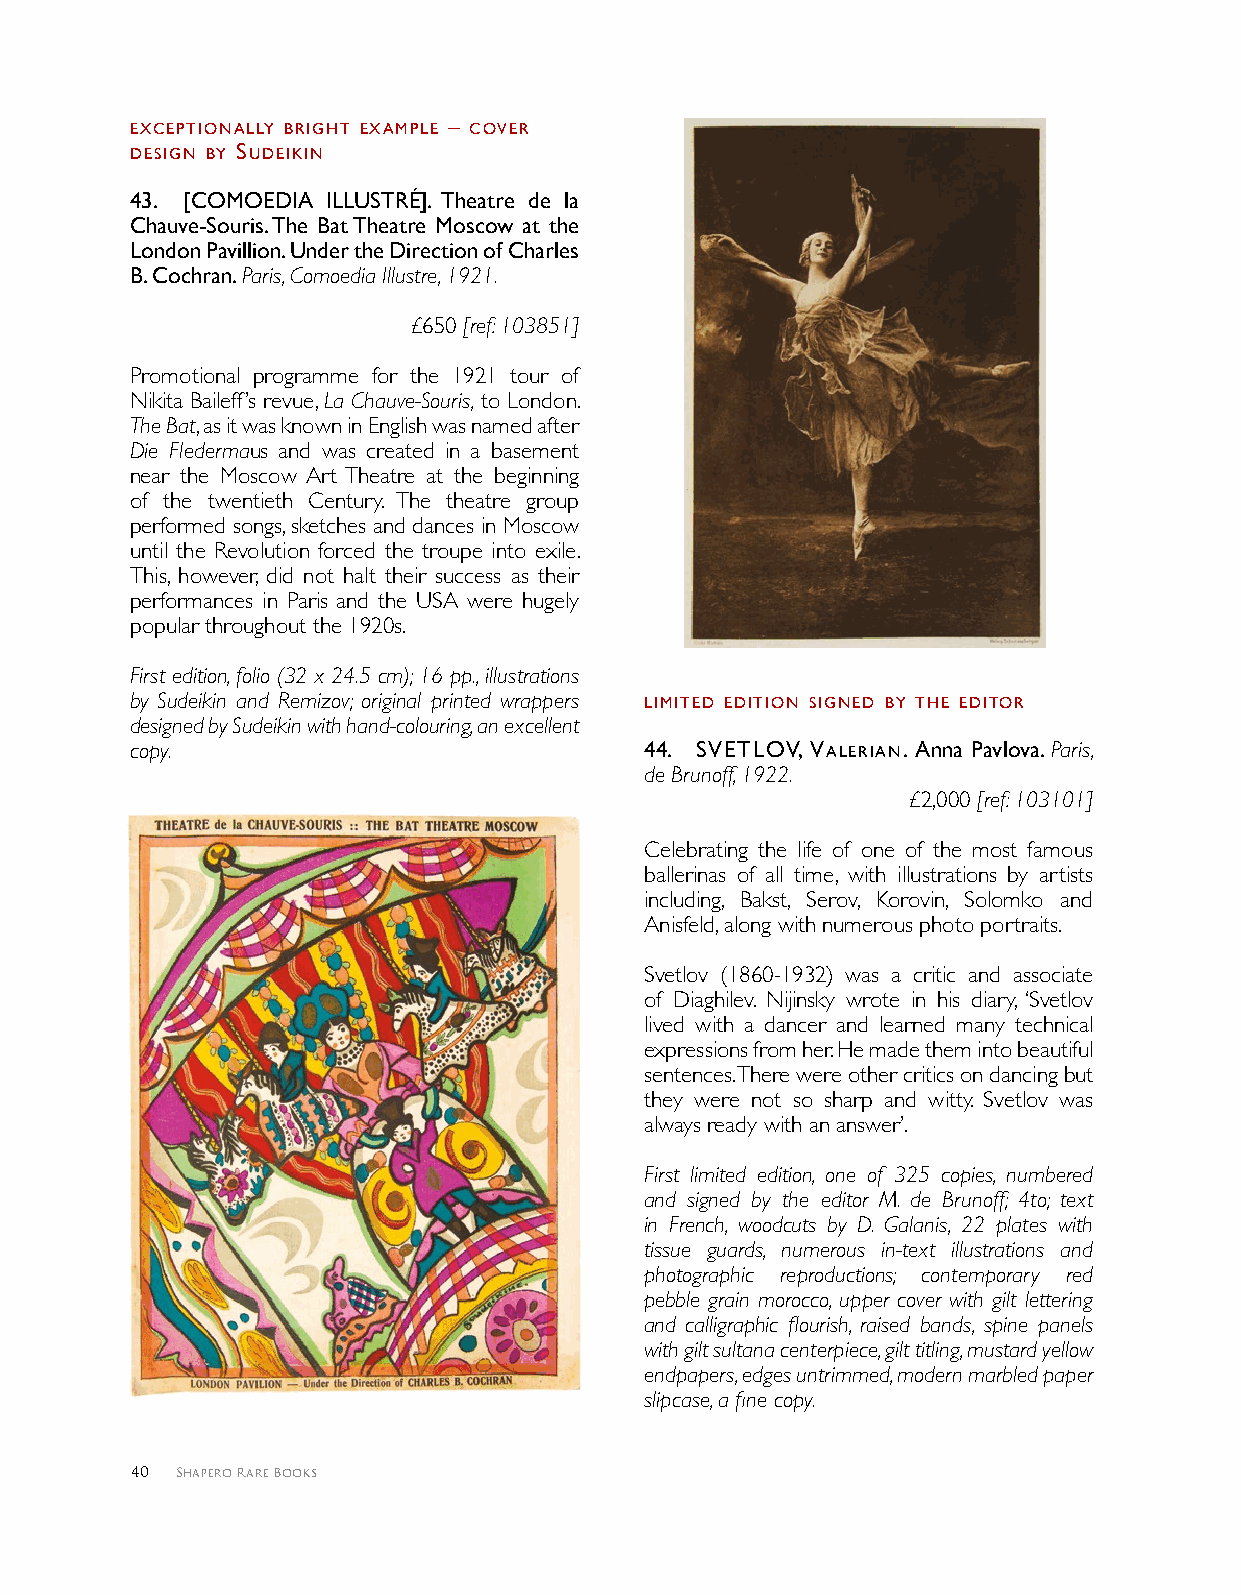
excePTIoNAllY brIgHT exAMPle – coVer
 deSIgN bY SUdeIKIN
 43 . [COMOEDIA ILLUSTRÉ]. Theatre de la
 Chauve-Souris. The Bat Theatre Moscow at the
 London Pavillion. Under the Direction of Charles
 B. Cochran. Paris, Comoedia Illustre, 1921.
 £650 [ref: 103851]
 Promotional programme for the 1921 tour of
 Nikita Baileff’s revue, La Chauve-Souris, to London.
 The Bat, as it was known in English was named after
 Die Fledermaus and was created in a basement
 near the Moscow Art Theatre at the beginning
 of the twentieth Century. The theatre group
 performed songs, sketches and dances in Moscow
 until the Revolution forced the troupe into exile.
 This, however, did not halt their success as their
 performances in Paris and the USA were hugely
 popular throughout the 1920s.
 First edition, folio (32 x 24.5 cm); 16 pp., illustrations
 by Sudeikin and Remizov; original printed wrappers lIMITed edITIoN SIgNed bY THe edITor
 designed by Sudeikin with hand-colouring, an excellent
 copy.                             4 4 . SVeTloV, VAlerIAN. Anna Pavlova. Paris,
 de Brunoff, 1922.
 £2,000 [ref: 103101]
 Celebrating the life of one of the most famous
 ballerinas of all time, with illustrations by artists
 including, Bakst, Serov, Korovin, Solomko and
 Anisfeld, along with numerous photo portraits.
 Svetlov (1860-1932) was a critic and associate
 of Diaghilev. Nijinsky wrote in his diary, ‘Svetlov
 lived with a dancer and learned many technical
 expressions from her. He made them into beautiful
 sentences. There were other critics on dancing but
 they were not so sharp and witty. Svetlov was
 always ready with an answer’.
 First limited edition, one of 325 copies, numbered
 and signed by the editor M. de Brunoff; 4to; text
 in French, woodcuts by D. Galanis, 22 plates with
 tissue guards, numerous in-text illustrations and
 photographic reproductions; contemporary red
 pebble grain morocco, upper cover with gilt lettering
 and calligraphic flourish, raised bands, spine panels
 with gilt sultana centerpiece, gilt titling, mustard yellow
 endpapers, edges untrimmed, modern marbled paper
 slipcase, a fine copy.
 40 Shapero Rare Books